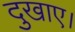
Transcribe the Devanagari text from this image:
दुखाए।